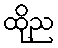
ထိုည